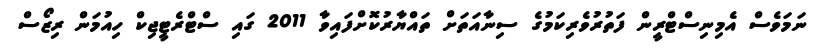
ނަމަވެސް އެމިނިސްޓްރީން ފަތުރުވެރިކަމުގެ ސިނާއަތަށް ތައްޔާރުކޮށްފައިވާ 2011 ގައި ސްޓްރެޓީޖިކް ހިއުމަން ރިޒޯސް